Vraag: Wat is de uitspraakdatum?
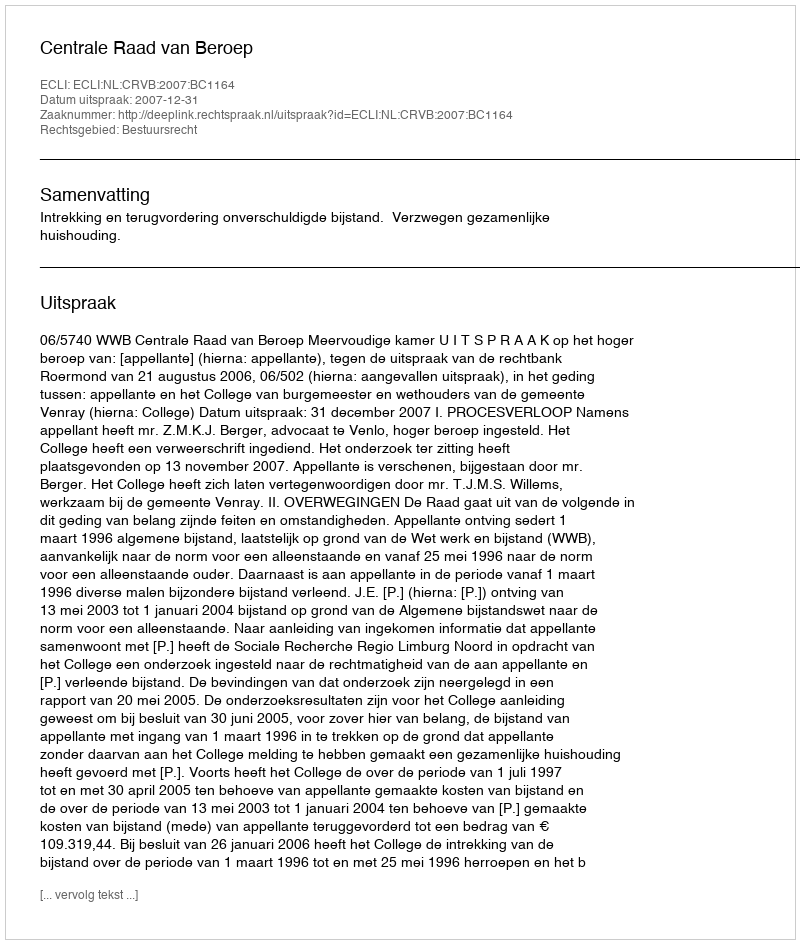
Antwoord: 2007-12-31